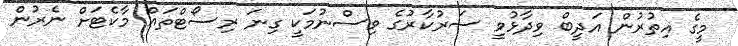
މީގެ އިތުރުން އަދީބް ވިދާޅުވީ ސަރުކާރުގެ ވިސްނުމަކީ ގިނަ ރިސޯޓްތައް މާކެޓަށް ނެރުން